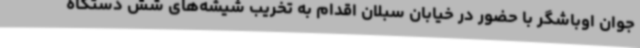
جوان اوباشگر با حضور در خیابان سبلان اقدام به تخریب شیشه‌های شش دستگاه